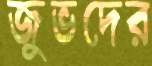
জুভদের